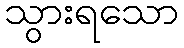
သွားရသော